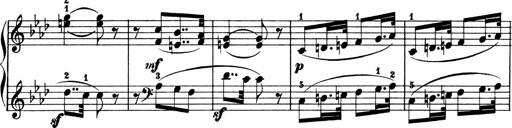
Title: 2 instructive Sonatinen
Composer: Paul Schumacher